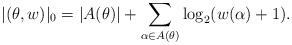
LaTeX: \begin{align*}|(\theta,w)|_0=|A(\theta)|+\sum_{\alpha\in A(\theta)}\log_2(w(\alpha)+1).\end{align*}